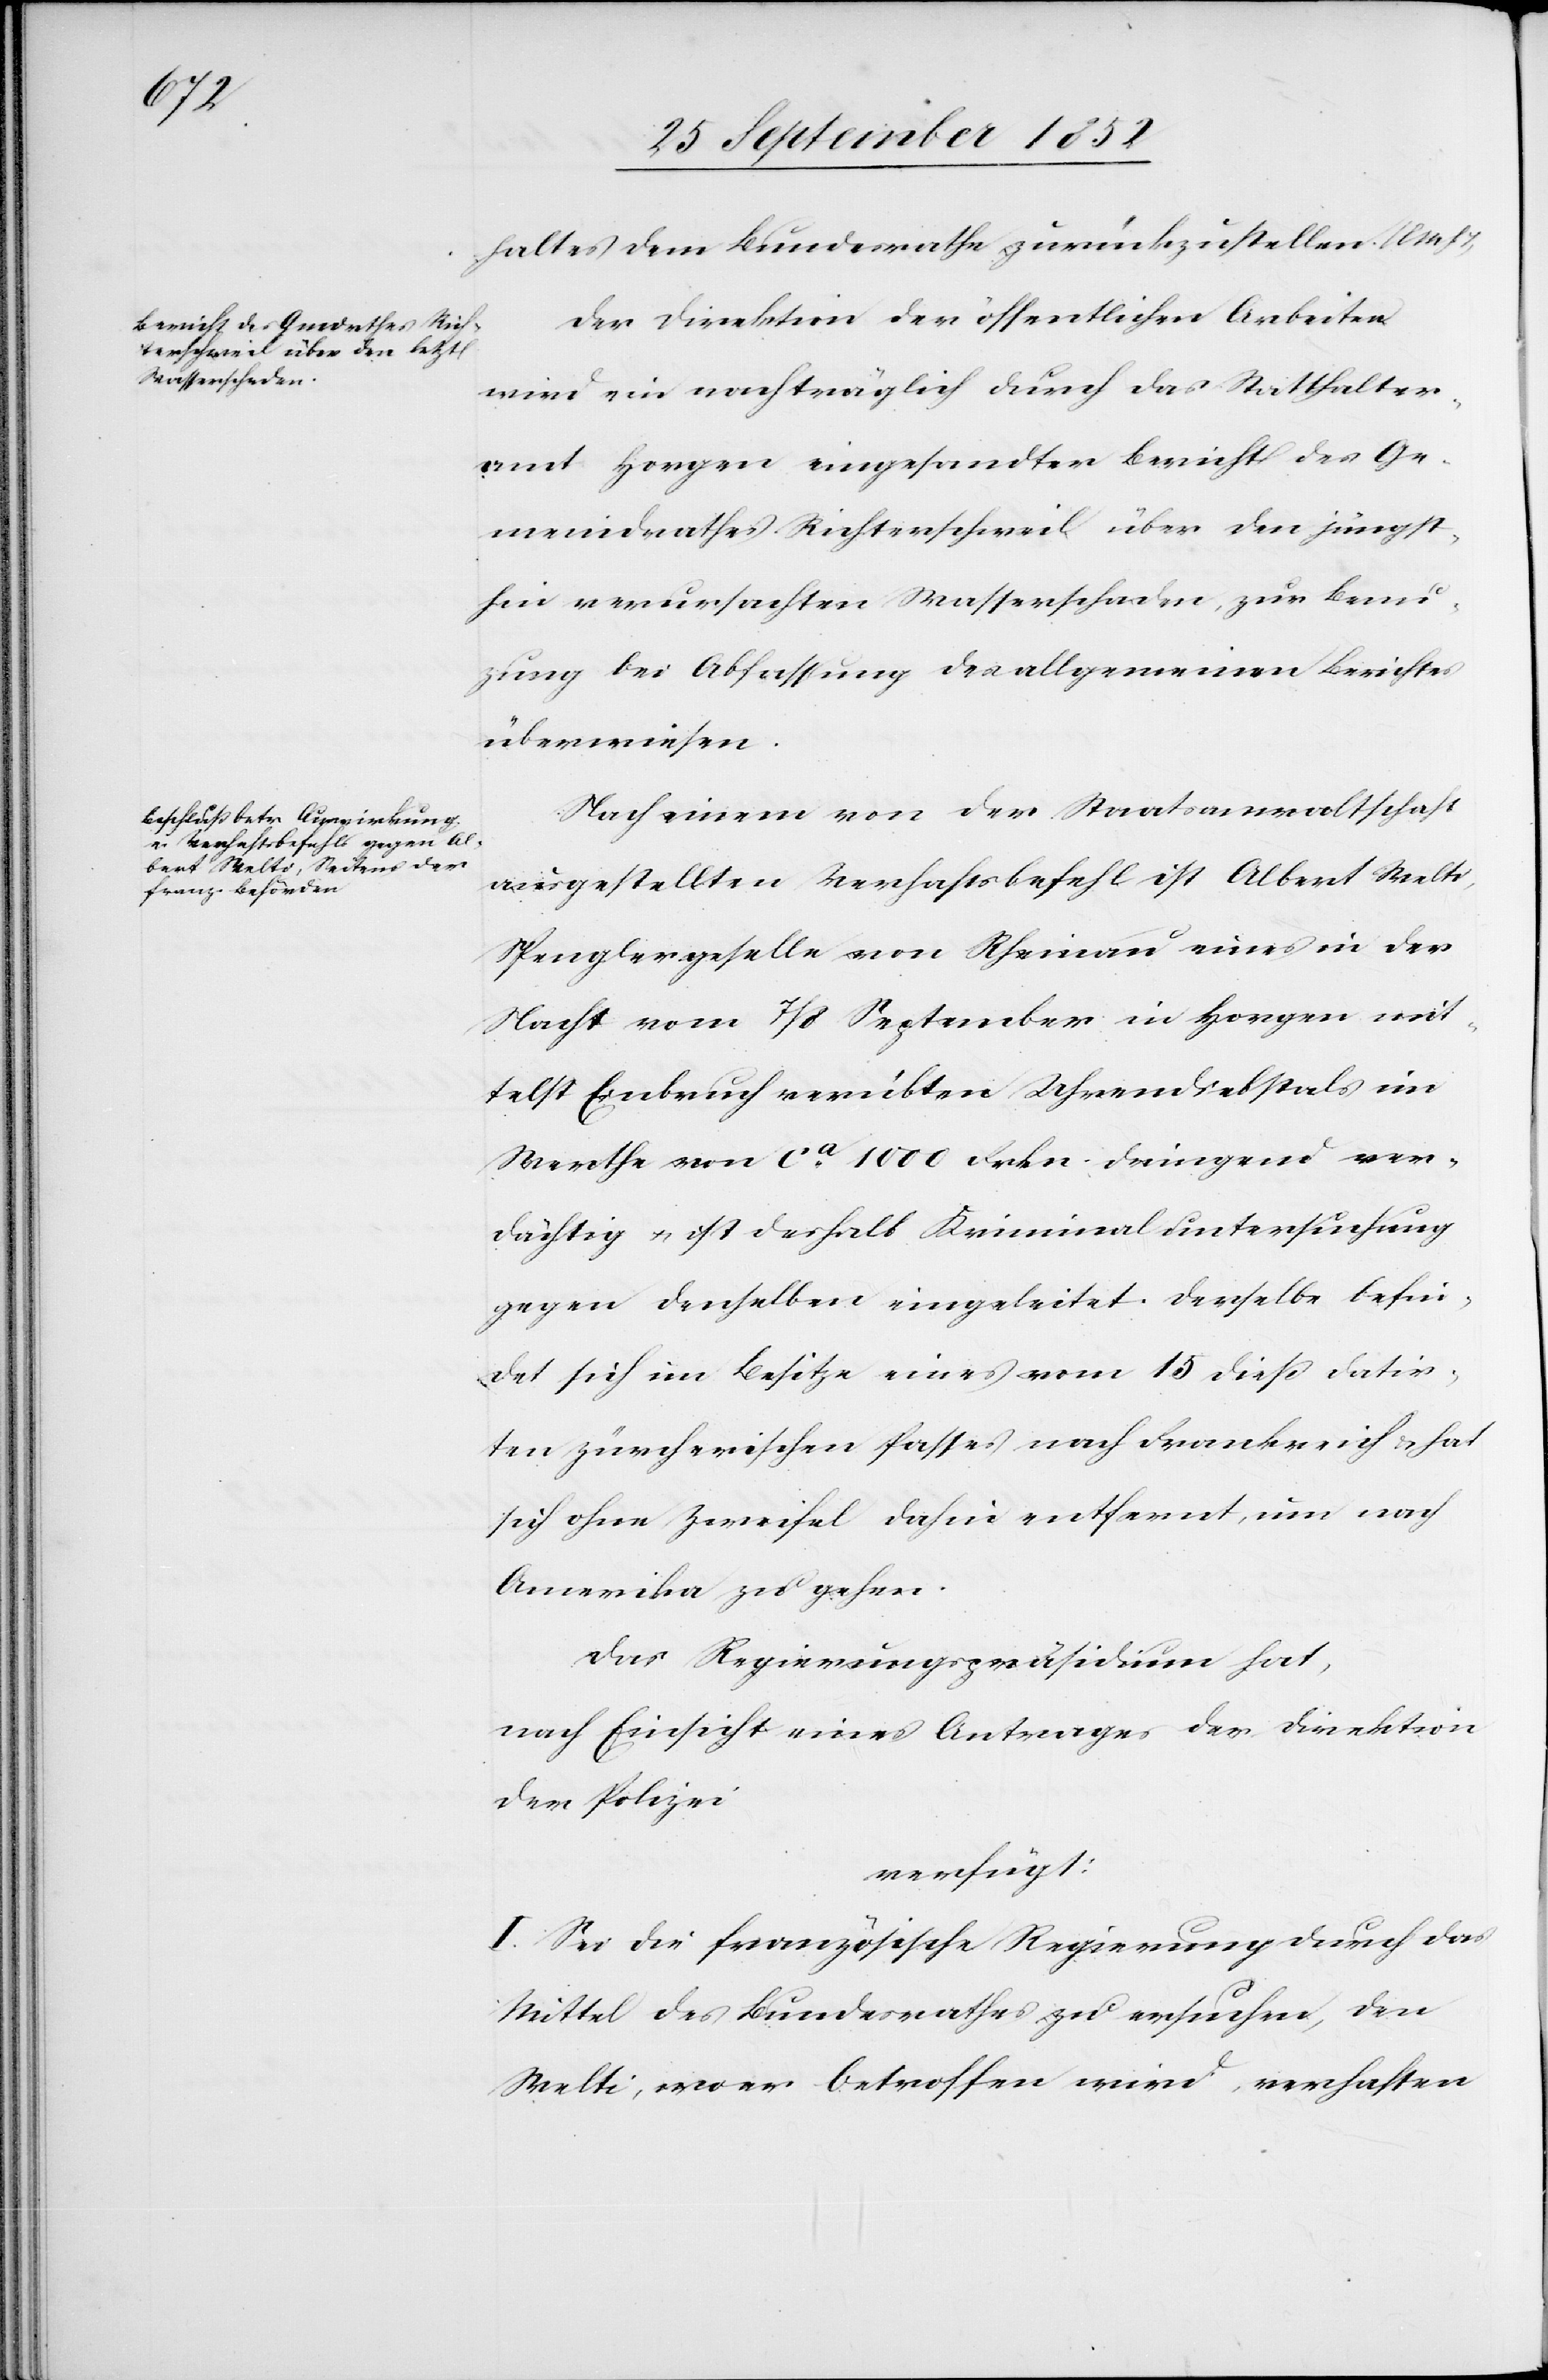
28 September 1852.]
haltes dem Bundesrathe zurückzustellen. (l
Der Direktion der öffentlichen Arbeiten
wird ein nachträglich durch das Statthalter¬
amt Horgen eingesandter Bericht des Ge¬
meindrathes Richterschweil über den jüngst¬
hin verursachten Wasserschaden, zur Ben¬
u[t]zung bei Abfassung des allgemeinen Berichtes
überwiesen.
Nach einem von der Staatsanwaltschaft
ausgestellten Verhaftsbefehl ist Albert Welti,
Spenglergeselle von Rheinau eines in der
Nacht vom 7 / 8. September in Horgen mit¬
telst Einbruch verübten Uhrendiebstals im
Werthe von ca. 1000 Frkn. dringend ver¬
dächtig & ist deshalb Kriminaluntersuchung
gegen denselben eingeleitet. Derselbe befin¬
det sich im Besitze eines vom 15 dieß datir¬
ten zürcherischen Passes nach Frankreich & hat
sich ohne Zweifel dahin entfernt, um nach
Amerika zu gehen.
Das Regierungspräsidium hat,
nach Einsicht eines Antrages der Direktion
der Polizei
verfügt:
I. Sei die französische Regierung durch das
Mittel des Bundesrathes zu ersuchen, den
Welti, wo er betroffen wird, verhaften